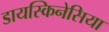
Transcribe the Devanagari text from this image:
डायस्किनेसिया